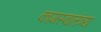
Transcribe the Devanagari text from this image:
कामस्वातंत्र्य